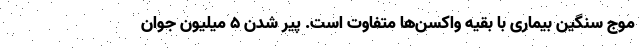
موج سنگین بیماری با بقیه واکسن‌ها متفاوت است. پیر شدن ۵ میلیون جوان